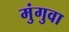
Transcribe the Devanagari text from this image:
मुंगुवा